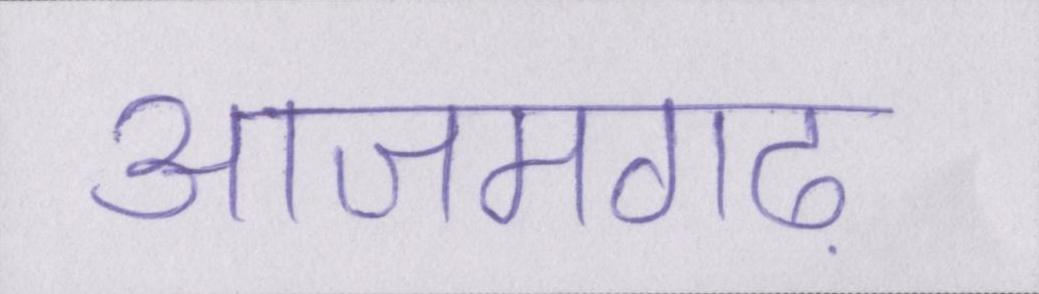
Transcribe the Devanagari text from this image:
आजमगढ़